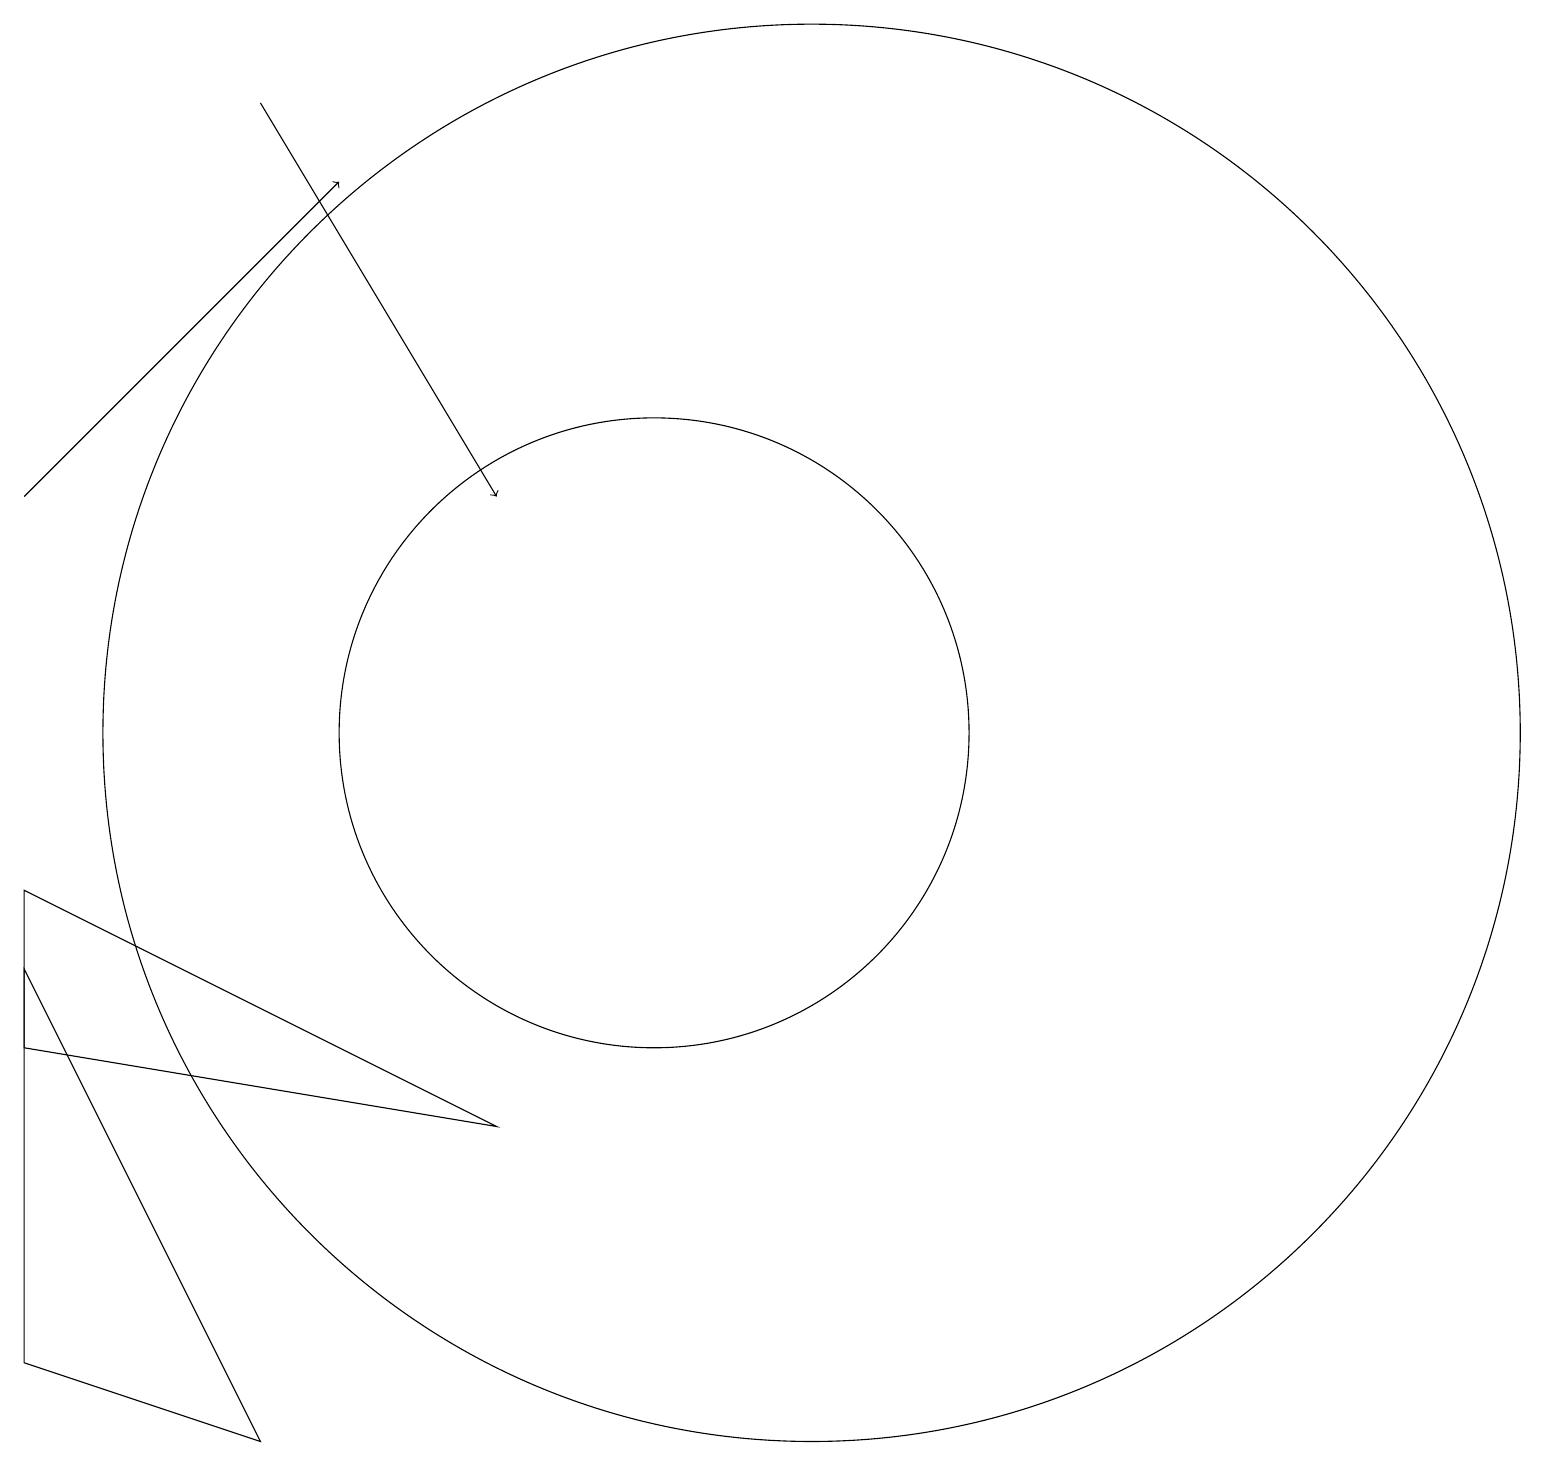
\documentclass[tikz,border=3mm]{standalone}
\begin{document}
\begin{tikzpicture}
\draw[->] (2,14) -- (6,18);
\draw (2,8) -- (2,3) -- (5,2) -- cycle;
\draw (10,11) circle (4);
\draw (2,7) -- (8,6) -- (2,9) -- cycle;
\draw[->] (5,19) -- (8,14);
\draw (12,11) circle (9);
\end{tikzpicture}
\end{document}